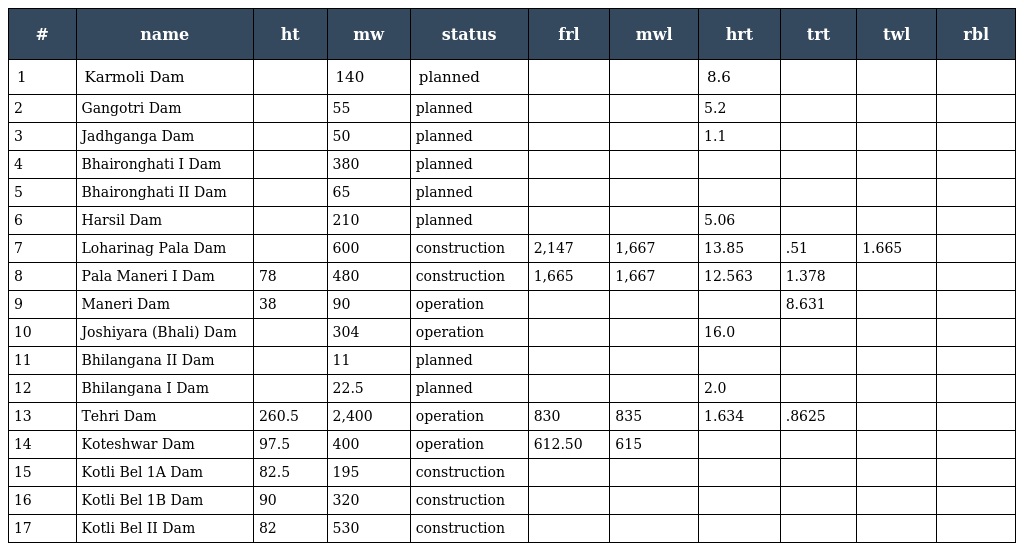
| # | name | ht | mw | status | frl | mwl | hrt | trt | twl | rbl |
 | --- | --- | --- | --- | --- | --- | --- | --- | --- | --- | --- |
 | 1 | Karmoli Dam |  | 140 | planned |  |  | 8.6 |  |  |  |
 | 2 | Gangotri Dam |  | 55 | planned |  |  | 5.2 |  |  |  |
 | 3 | Jadhganga Dam |  | 50 | planned |  |  | 1.1 |  |  |  |
 | 4 | Bhaironghati I Dam |  | 380 | planned |  |  |  |  |  |  |
 | 5 | Bhaironghati II Dam |  | 65 | planned |  |  |  |  |  |  |
 | 6 | Harsil Dam |  | 210 | planned |  |  | 5.06 |  |  |  |
 | 7 | Loharinag Pala Dam |  | 600 | construction | 2,147 | 1,667 | 13.85 | .51 | 1.665 |  |
 | 8 | Pala Maneri I Dam | 78 | 480 | construction | 1,665 | 1,667 | 12.563 | 1.378 |  |  |
 | 9 | Maneri Dam | 38 | 90 | operation |  |  |  | 8.631 |  |  |
 | 10 | Joshiyara (Bhali) Dam |  | 304 | operation |  |  | 16.0 |  |  |  |
 | 11 | Bhilangana II Dam |  | 11 | planned |  |  |  |  |  |  |
 | 12 | Bhilangana I Dam |  | 22.5 | planned |  |  | 2.0 |  |  |  |
 | 13 | Tehri Dam | 260.5 | 2,400 | operation | 830 | 835 | 1.634 | .8625 |  |  |
 | 14 | Koteshwar Dam | 97.5 | 400 | operation | 612.50 | 615 |  |  |  |  |
 | 15 | Kotli Bel 1A Dam | 82.5 | 195 | construction |  |  |  |  |  |  |
 | 16 | Kotli Bel 1B Dam | 90 | 320 | construction |  |  |  |  |  |  |
 | 17 | Kotli Bel II Dam | 82 | 530 | construction |  |  |  |  |  |  |